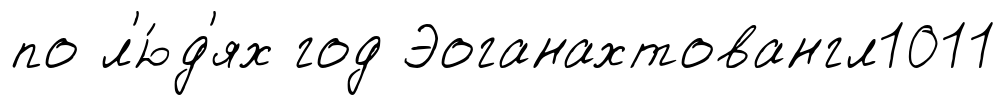
по л'ю́д'ях год Эоганахтовангл1011